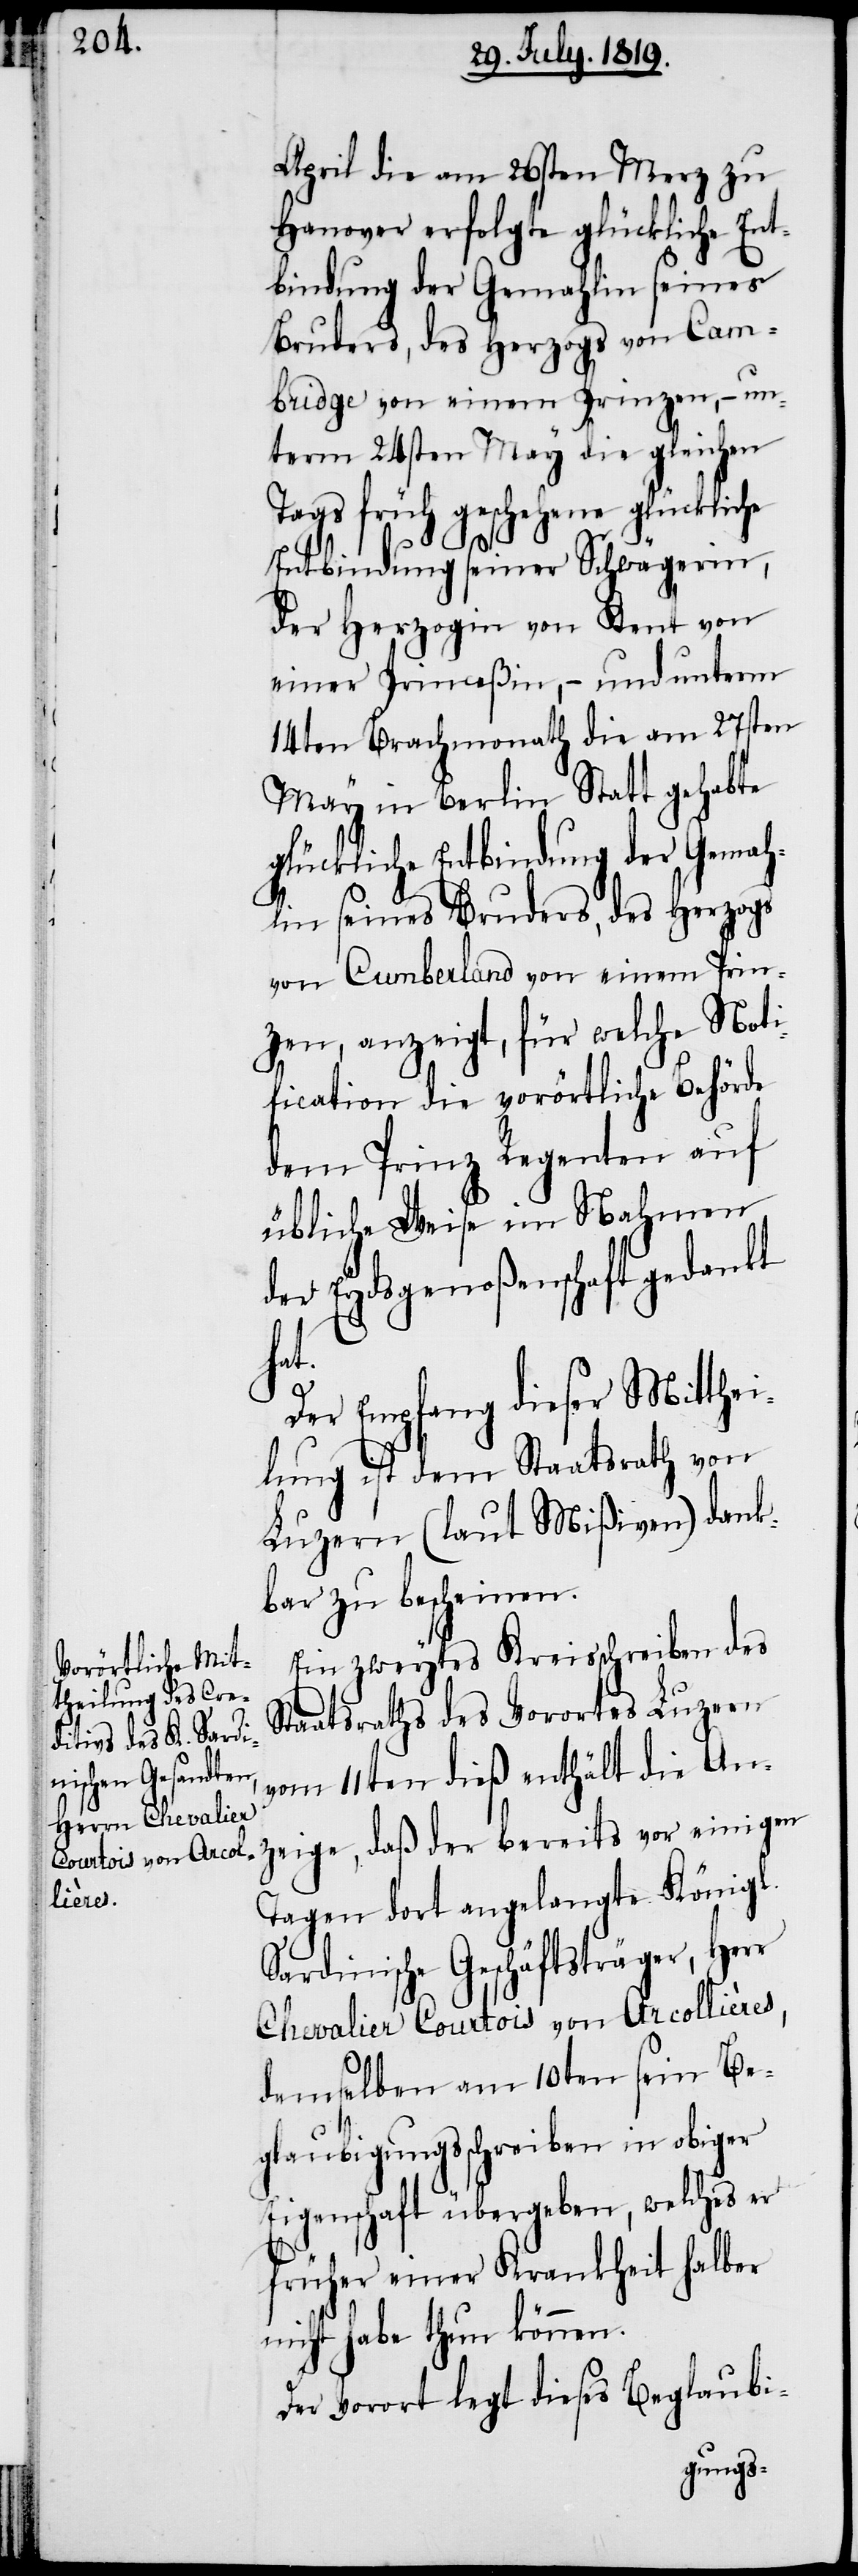
April die am 26sten Merz zu
Hanover erfolgte glückliche Ent¬
bindung der Gemahlin seines
Bruders, des Herzogs von Cam¬
bridge von einem Prinzen, – un¬
term 24sten May die gleichen
Tags früh geschehene glückliche
Entbindung seiner Schwägerin,
der Herzogin von Kent von
einer Princeßin, – und unterm
14ten Brachmonath die am 27sten
May in Berlin Statt gehabte
glückliche Entbindung der Gemah¬
lin seines Brudes, des Herzogs
von Cumberland von einem Prin¬
zen, anzeigt, für welche Noti¬
fication die vorörtliche Behörde
dem Prinz Regenten auf
übliche Weise im Nahmen
der Eydsgenoßenschaft gedankt
hat.
Der Empfang dieser Mitthei¬
lung ist dem Staatsrath von
Luzern (laut Mißiven) dank¬
bar zu bescheinen.
Ein zweytes Kreisschreiben des
Staatsraths des Vorortes Luzern
vom 11ten dieß enthält die An¬
zeige, daß der bereits vor einigen
Tagen dort angelangte Königl.
Sardinische Geschäftsträger, Herrn
Chevalier Courtois von Arcollières,
demselben am 10ten sein Be¬
glaubigungsschreiben in obiger
Eigenschaft übergeben, welches er
früher einer Krankheit halber
nicht habe thun können.
Der Vorort legt dieses Beglaubi-